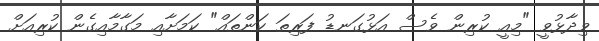
ވިދާޅުވީ "މިއީ ކުރިން ވެސް އަޅުގަނޑު ފަރިތަ ކަންތައް" ކަމަށާއި މަގާމާއިގެން ކުރިއަށް